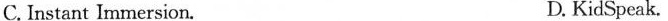
C. Instant Immersion. D. KidSpeak.